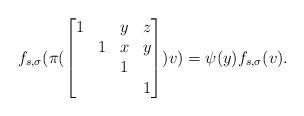
LaTeX: \begin{align*} f_{s,\sigma}(\pi(\begin{bmatrix}1&&y&z\\&1&x&y\\&&1\\&&&1\end{bmatrix})v) =\psi(y)f_{s,\sigma}(v). \end{align*}